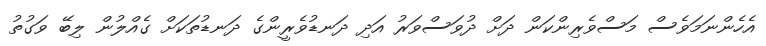
އެހެންނަމަވެސް މަސްވެރިންކަން ދަށް ދުވަސްވަރު އަދި ދަނޑުވެރީންގެ ދަނޑުތަކަށް ގެއްލުން ލިބޭ ވަގުތު